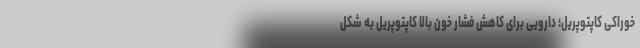
خوراکی کاپتوپریل؛ دارویی برای کاهش فشار خون بالا کاپتوپریل به شکل